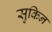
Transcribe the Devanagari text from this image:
सुकिन